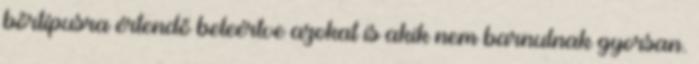
bőrtípusra értendő beleértve azokat is akik nem barnulnak gyorsan.